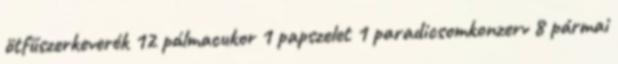
ötfűszerkeverék 12 pálmacukor 1 papszelet 1 paradicsomkonzerv 8 pármai